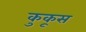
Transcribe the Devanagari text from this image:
कुकूस